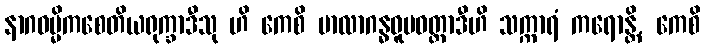
နာဂဝမ္မိကစေတိယရုက္ခာဒီသု ဟိ ကေစိ မာလာဂန္ဓဓူမဝတ္ထာဒီဟိ သက္ကာရံ ကရောန္တိ, ကေစိ